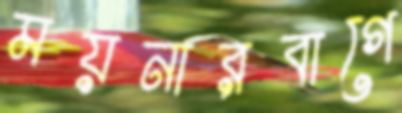
ময়নারবাগে